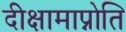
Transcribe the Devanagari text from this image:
दीक्षामाप्नोति